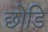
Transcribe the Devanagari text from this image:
छोड़ि